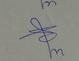
Signature authenticity: genuine